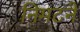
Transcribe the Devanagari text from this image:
निमटने